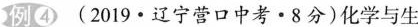
例4 (2019·辽宁营口中考·8分)化学与生